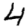
Digit: 4